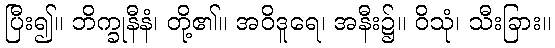
ပြီး၍။ ဘိက္ခုနီနံ၊ တို့၏။ အဝိဒူရေ၊ အနီး၌။ ဝိသုံ၊ သီးခြား။